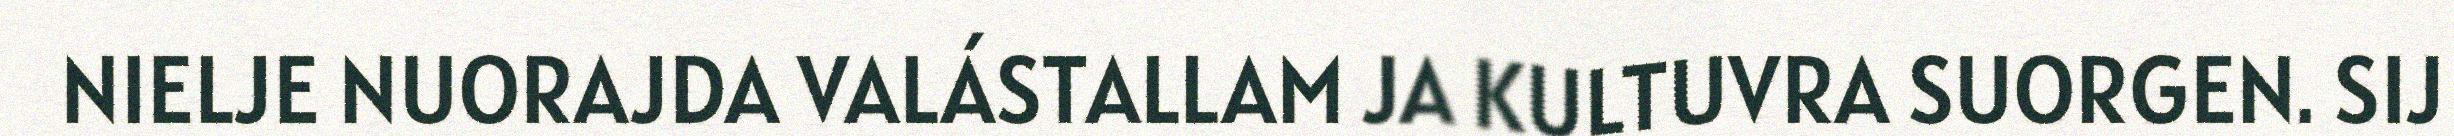
NIELJE NUORAJDA VALÁSTALLAM JA KULTUVRA SUORGEN. SIJ